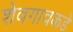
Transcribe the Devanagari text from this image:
शेवगावकडे